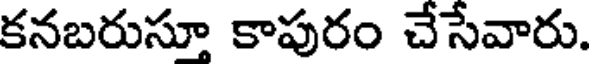
కనబరుస్తూ కాపురం చేసేవారు.